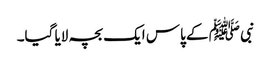
نبی ﷺ کے پاس ایک بچہ لایا گیا۔